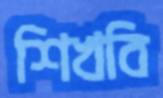
শিখবি